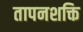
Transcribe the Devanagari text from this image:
तापनशक्ति